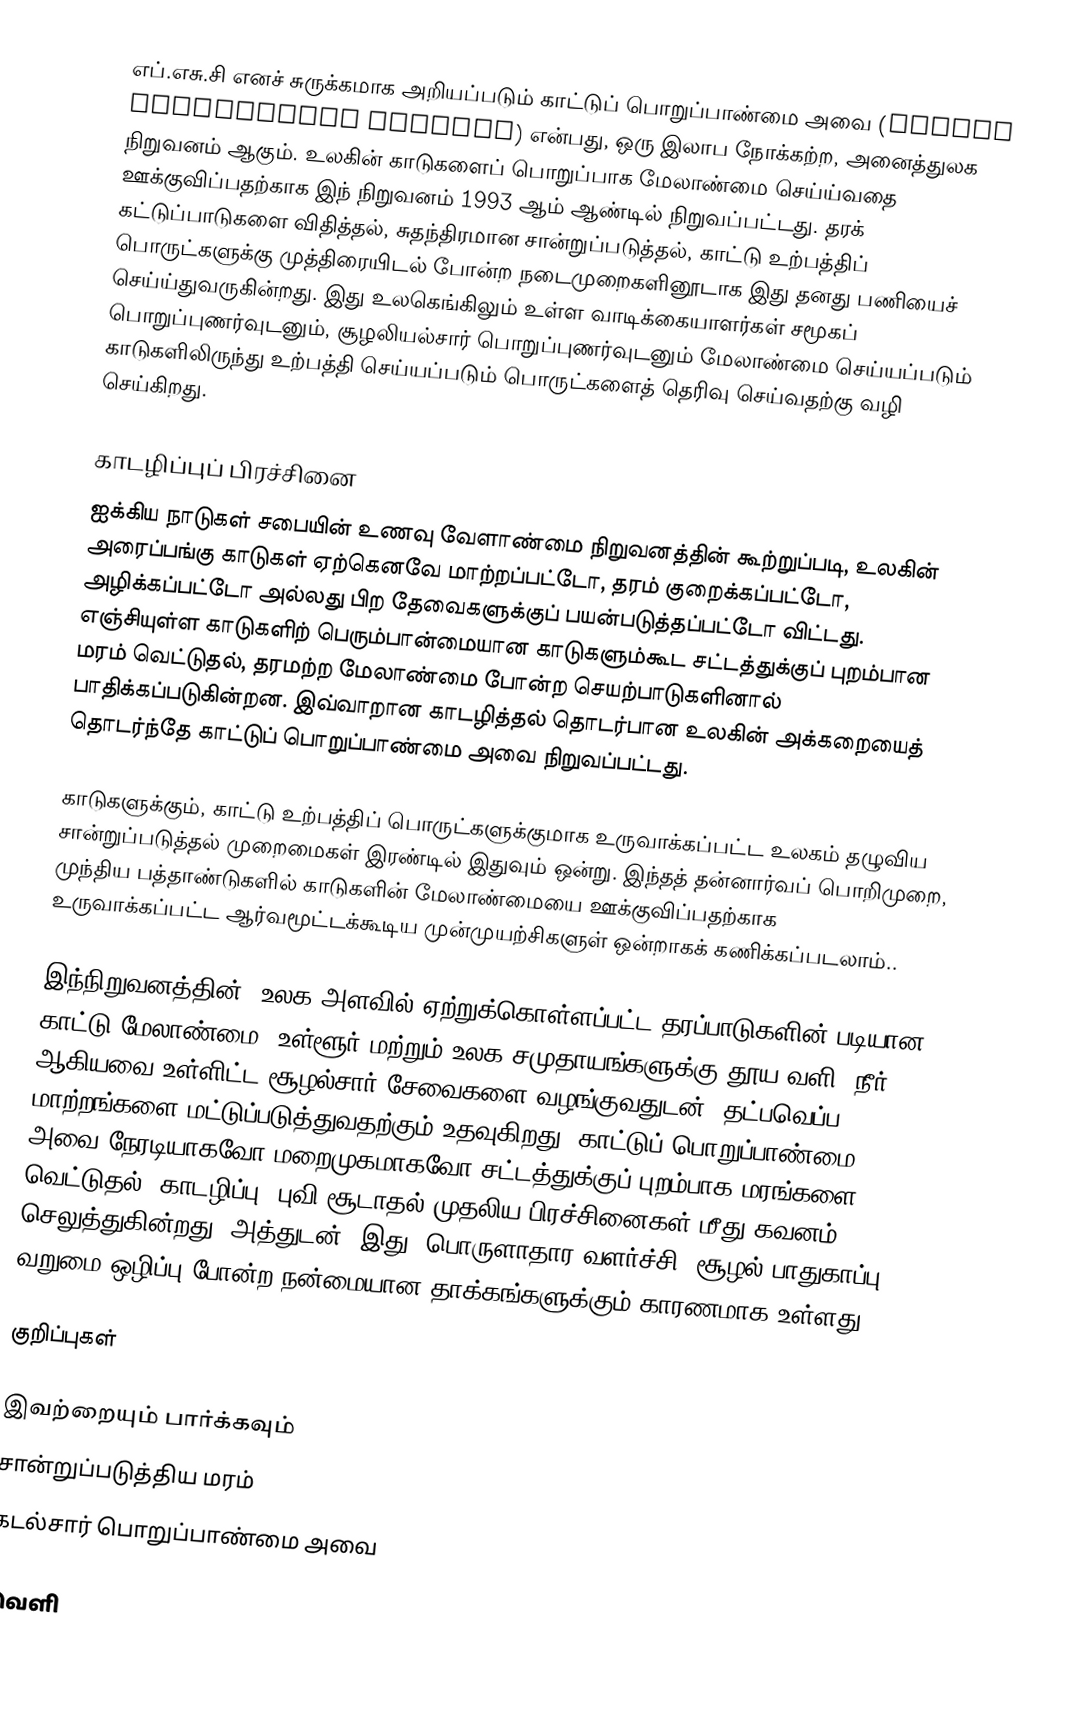
எப்.எசு.சி எனச் சுருக்கமாக அறியப்படும் காட்டுப் பொறுப்பாண்மை அவை (Forest Stewardship Council) என்பது, ஒரு இலாப நோக்கற்ற, அனைத்துலக நிறுவனம் ஆகும். உலகின் காடுகளைப் பொறுப்பாக மேலாண்மை செய்ய்வதை ஊக்குவிப்பதற்காக இந் நிறுவனம் 1993 ஆம் ஆண்டில் நிறுவப்பட்டது. தரக் கட்டுப்பாடுகளை விதித்தல், சுதந்திரமான சான்றுப்படுத்தல், காட்டு உற்பத்திப் பொருட்களுக்கு முத்திரையிடல் போன்ற நடைமுறைகளினூடாக இது தனது பணியைச் செய்ய்துவருகின்றது. இது உலகெங்கிலும் உள்ள வாடிக்கையாளர்கள் சமூகப் பொறுப்புணர்வுடனும், சூழலியல்சார் பொறுப்புணர்வுடனும் மேலாண்மை செய்யப்படும் காடுகளிலிருந்து உற்பத்தி செய்யப்படும் பொருட்களைத் தெரிவு செய்வதற்கு வழி செய்கிறது.

காடழிப்புப் பிரச்சினை
ஐக்கிய நாடுகள் சபையின் உணவு வேளாண்மை நிறுவனத்தின் கூற்றுப்படி, உலகின் அரைப்பங்கு காடுகள் ஏற்கெனவே மாற்றப்பட்டோ, தரம் குறைக்கப்பட்டோ, அழிக்கப்பட்டோ அல்லது பிற தேவைகளுக்குப் பயன்படுத்தப்பட்டோ விட்டது. எஞ்சியுள்ள காடுகளிற் பெரும்பான்மையான காடுகளும்கூட சட்டத்துக்குப் புறம்பான மரம் வெட்டுதல், தரமற்ற மேலாண்மை போன்ற செயற்பாடுகளினால் பாதிக்கப்படுகின்றன. இவ்வாறான காடழித்தல் தொடர்பான உலகின் அக்கறையைத் தொடர்ந்தே காட்டுப் பொறுப்பாண்மை அவை நிறுவப்பட்டது.

காடுகளுக்கும், காட்டு உற்பத்திப் பொருட்களுக்குமாக உருவாக்கப்பட்ட உலகம் தழுவிய சான்றுப்படுத்தல் முறைமைகள் இரண்டில் இதுவும் ஒன்று. இந்தத் தன்னார்வப் பொறிமுறை, முந்திய பத்தாண்டுகளில் காடுகளின் மேலாண்மையை ஊக்குவிப்பதற்காக உருவாக்கப்பட்ட ஆர்வமூட்டக்கூடிய முன்முயற்சிகளுள் ஒன்றாகக் கணிக்கப்படலாம்..

இந்நிறுவனத்தின், உலக அளவில் ஏற்றுக்கொள்ளப்பட்ட தரப்பாடுகளின் படியான காட்டு மேலாண்மை, உள்ளூர் மற்றும் உலக சமுதாயங்களுக்கு தூய வளி, நீர் ஆகியவை உள்ளிட்ட சூழல்சார் சேவைகளை வழங்குவதுடன், தட்பவெப்ப மாற்றங்களை மட்டுப்படுத்துவதற்கும் உதவுகிறது. காட்டுப் பொறுப்பாண்மை அவை நேரடியாகவோ மறைமுகமாகவோ சட்டத்துக்குப் புறம்பாக மரங்களை வெட்டுதல், காடழிப்பு, புவி சூடாதல் முதலிய பிரச்சினைகள் மீது கவனம் செலுத்துகின்றது. அத்துடன், இது, பொருளாதார வளர்ச்சி, சூழல் பாதுகாப்பு, வறுமை ஒழிப்பு போன்ற நன்மையான தாக்கங்களுக்கும் காரணமாக உள்ளது.

குறிப்புகள்

இவற்றையும் பார்க்கவும்
 சான்றுப்படுத்திய மரம்
 கடல்சார் பொறுப்பாண்மை அவை

வெளி